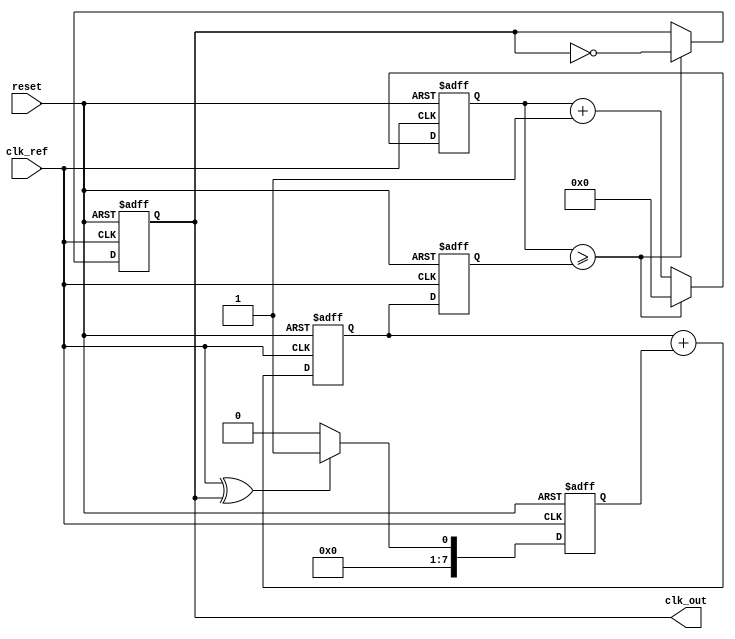
module ADPLL (
    input wire clk_ref,          // Reference clock input
    input wire reset,           // Reset signal
    output reg clk_out          // Output clock
);

// Parameters
parameter N = 8;               // Number of bits for frequency control
parameter DELAY_MAX = 15;      // Maximum delay for memory block

// Internal signals
reg [N-1:0] freq_control;      // Frequency control signal
reg [N-1:0] phase_error;        // Phase error signal
reg [N-1:0] loop_filter_out;    // Output of the loop filter
reg [N-1:0] memory_block [0:DELAY_MAX]; // Memory block for phase information
reg [N-1:0] dco_counter;        // Counter for DCO
reg [N-1:0] freq_divider;       // Frequency divider output
reg [3:0] delay_index;          // Index for memory block delay

// Phase Detector (PD)
always @(posedge clk_ref or posedge reset) begin
    if (reset) begin
        phase_error <= 0;
    end else begin
        // Simple XOR phase detector
        phase_error <= (clk_ref ^ clk_out) ? 1 : 0; // Phase error signal
    end
end

// Loop Filter (Simple Integrator)
always @(posedge clk_ref or posedge reset) begin
    if (reset) begin
        loop_filter_out <= 0;
    end else begin
        loop_filter_out <= loop_filter_out + phase_error; // Integrate phase error
    end
end

// Memory Block (for programmable delay)
always @(posedge clk_ref or posedge reset) begin
    if (reset) begin
        // Initialize memory block with some values
        memory_block[0] <= 0;
        memory_block[1] <= 1;
        memory_block[2] <= 2;
        // ... Initialize other values as needed
    end else begin
        // Update delay index based on control logic
        delay_index <= loop_filter_out[3:0]; // Example: use lower bits for delay index
    end
end

// Digital Controlled Oscillator (DCO)
always @(posedge clk_ref or posedge reset) begin
    if (reset) begin
        dco_counter <= 0;
        clk_out <= 0;
    end else begin
        // Simple DCO using counter
        if (dco_counter >= freq_control) begin
            clk_out <= ~clk_out; // Toggle output clock
            dco_counter <= 0;
        end else begin
            dco_counter <= dco_counter + 1;
        end
    end
end

// Frequency Divider
always @(posedge clk_out or posedge reset) begin
    if (reset) begin
        freq_divider <= 0;
    end else begin
        freq_divider <= freq_divider + 1; // Simple frequency divider
    end
end

// Control Logic (Adjust frequency control based on loop filter output)
always @(posedge clk_ref or posedge reset) begin
    if (reset) begin
        freq_control <= 0;
    end else begin
        // Simple control logic to adjust frequency
        freq_control <= loop_filter_out[7:0]; // Example: use lower bits for frequency control
    end
end

endmodule